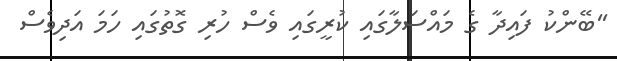
''ބޭންކު ފައިދާ ގެ މައްސަލާގައި ކުރީގައި ވެސް ހުރި ގޮތުގައި ހަމަ އަދިވެސް